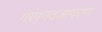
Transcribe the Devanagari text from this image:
गए।नवजागरण